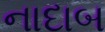
નાદાબ